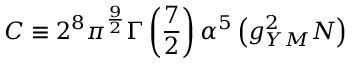
C \equiv 2 ^ { 8 } \pi ^ { \frac { 9 } { 2 } } \Gamma \left( { \frac { 7 } { 2 } } \right) \alpha ^ { 5 } \left( g _ { Y M } ^ { 2 } N \right)